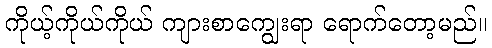
ကိုယ့်ကိုယ်ကိုယ် ကျားစာကျွေးရာ ရောက်တော့မည်။